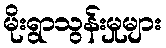
မိုးရွာသွန်းမှုများ